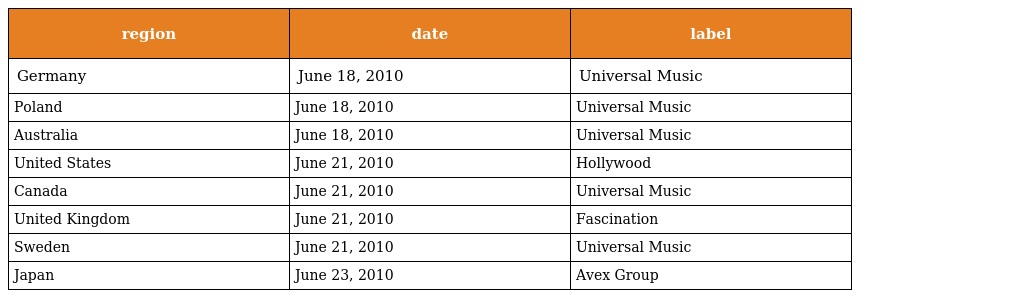
| region | date | label |
 | --- | --- | --- |
 | Germany | June 18, 2010 | Universal Music |
 | Poland | June 18, 2010 | Universal Music |
 | Australia | June 18, 2010 | Universal Music |
 | United States | June 21, 2010 | Hollywood |
 | Canada | June 21, 2010 | Universal Music |
 | United Kingdom | June 21, 2010 | Fascination |
 | Sweden | June 21, 2010 | Universal Music |
 | Japan | June 23, 2010 | Avex Group |